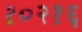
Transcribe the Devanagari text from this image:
१०२१६